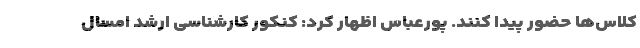
کلاس‌ها حضور پیدا کنند. پورعباس اظهار کرد: کنکور کارشناسی ارشد امسال